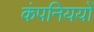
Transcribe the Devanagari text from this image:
कंपनिययों